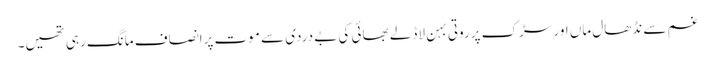
غم سے نڈھال ماں اور سڑک پرروتی بہن لاڈلے بھائی کی بے دردی سے موت پرانصاف مانگ رہی تھیں۔